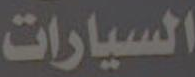
السيارات